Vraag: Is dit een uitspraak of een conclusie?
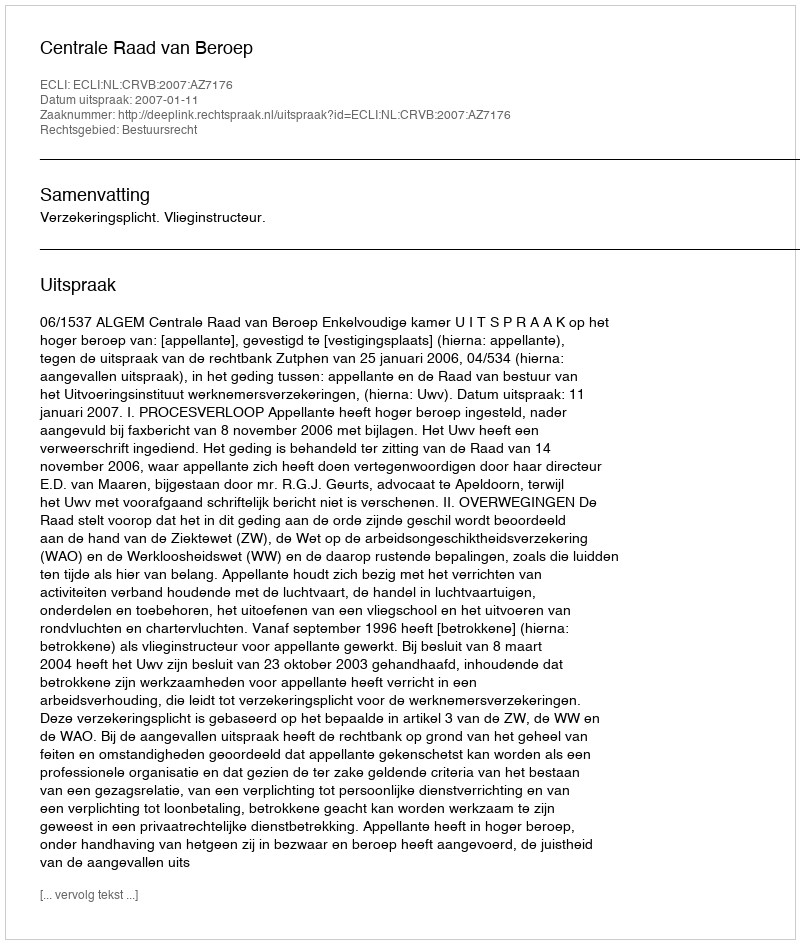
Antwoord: Uitspraak